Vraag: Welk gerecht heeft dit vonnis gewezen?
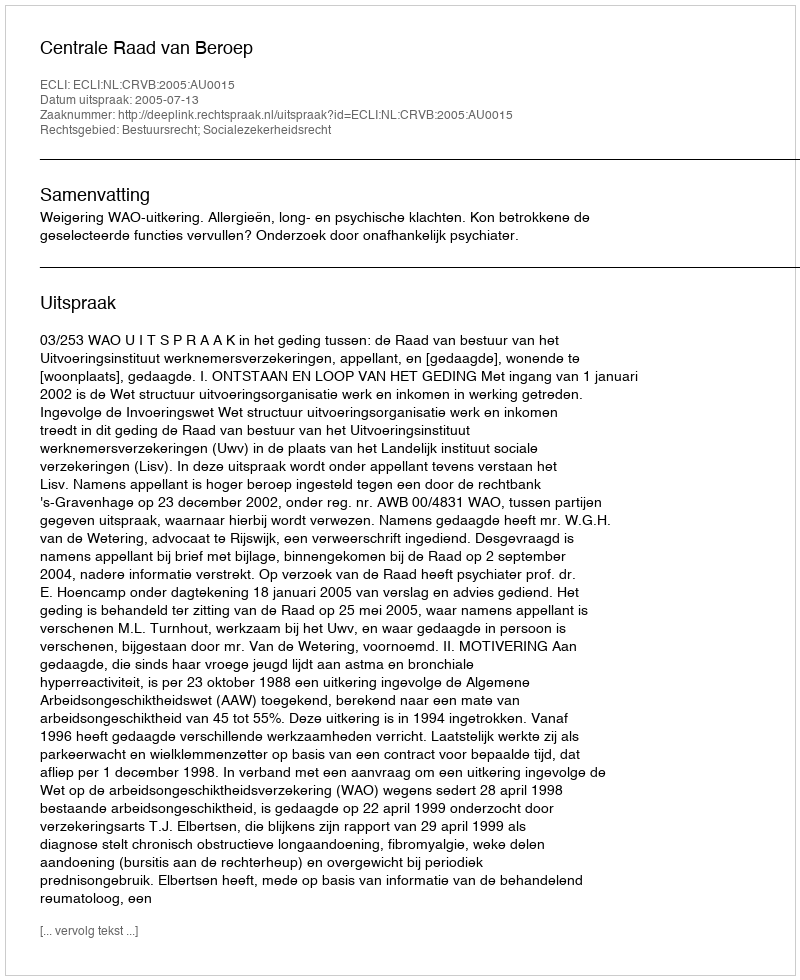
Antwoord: Centrale Raad van Beroep